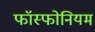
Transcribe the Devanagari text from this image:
फॉस्फोनियम